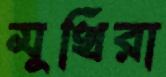
মুখিরা